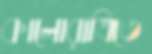
কালোরাত্রিতে